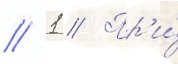
// 1 // Пр'и́